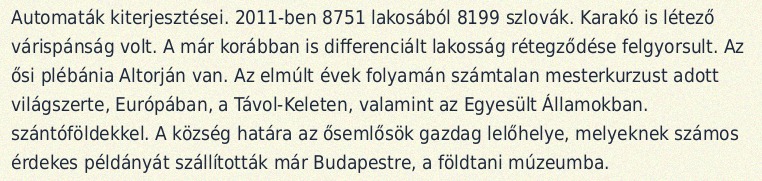
Automaták kiterjesztései. 2011-ben 8751 lakosából 8199 szlovák. Karakó is létező várispánság volt. A már korábban is differenciált lakosság rétegződése felgyorsult. Az ősi plébánia Altorján van. Az elmúlt évek folyamán számtalan mesterkurzust adott világszerte, Európában, a Távol-Keleten, valamint az Egyesült Államokban. szántóföldekkel. A község határa az ősemlősök gazdag lelőhelye, melyeknek számos érdekes példányát szállították már Budapestre, a földtani múzeumba.